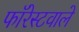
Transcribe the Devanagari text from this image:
फॉरेस्टवाले